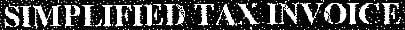
SIMPLIFIED TAX INVOICE